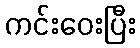
ကင်းဝေးပြီး